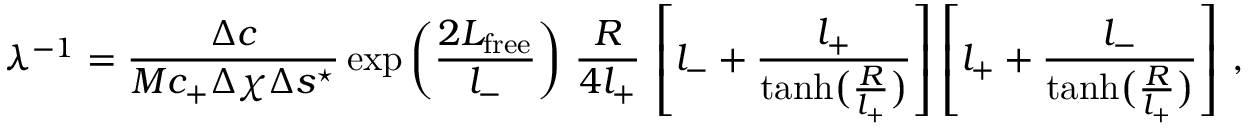
\lambda ^ { - 1 } = \frac { \Delta c } { M c _ { + } \Delta \chi \Delta s ^ { \star } } \exp \left( \frac { 2 L _ { \mathrm { f r e e } } } { l _ { - } } \right) \, \frac { R } { 4 l _ { + } } \, \left[ l _ { - } + \frac { l _ { + } } { \operatorname { t a n h } \bigl ( \frac { R } { l _ { + } } \bigr ) } \right] \left[ l _ { + } + \frac { l _ { - } } { \operatorname { t a n h } \bigl ( \frac { R } { l _ { + } } \bigr ) } \right] \, ,